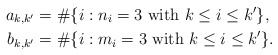
\begin{align*}a_{k,k^{\prime}} & =\#\{i:n_{i}=3 \mathrm{~with~ } k\leq i\leq k^{\prime}\},\\b_{k,k^{\prime}} & =\#\{i:m_{i}=3 \mathrm{~with~ } k\leq i\leq k^{\prime}\}.\end{align*}